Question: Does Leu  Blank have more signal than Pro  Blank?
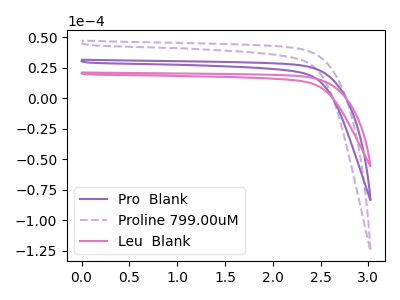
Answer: <think>The purple curve "Pro  Blank" has no peaks. The purple dashed curve "Proline 799.00uM" has no peaks. The pink curve "Leu  Blank" has no peaks.
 Neither "Leu  Blank" or "Pro  Blank" have any peaks.</think>
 <answer>I cant tell if "Leu  Blank" or "Pro  Blank" has more signal.</answer>
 <eval>mixed_signal</eval>